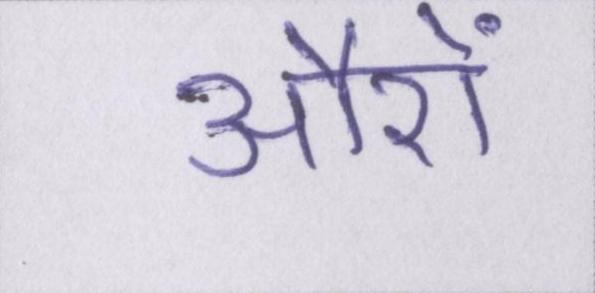
औरों